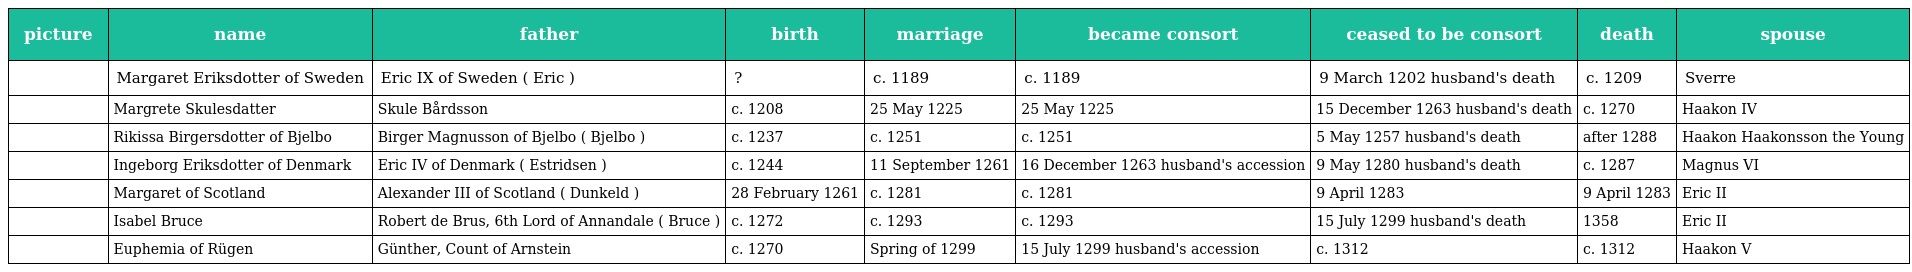
| picture | name | father | birth | marriage | became consort | ceased to be consort | death | spouse |
 | --- | --- | --- | --- | --- | --- | --- | --- | --- |
 |  | Margaret Eriksdotter of Sweden | Eric IX of Sweden ( Eric ) | ? | c. 1189 | c. 1189 | 9 March 1202 husband's death | c. 1209 | Sverre |
 |  | Margrete Skulesdatter | Skule Bårdsson | c. 1208 | 25 May 1225 | 25 May 1225 | 15 December 1263 husband's death | c. 1270 | Haakon IV |
 |  | Rikissa Birgersdotter of Bjelbo | Birger Magnusson of Bjelbo ( Bjelbo ) | c. 1237 | c. 1251 | c. 1251 | 5 May 1257 husband's death | after 1288 | Haakon Haakonsson the Young |
 |  | Ingeborg Eriksdotter of Denmark | Eric IV of Denmark ( Estridsen ) | c. 1244 | 11 September 1261 | 16 December 1263 husband's accession | 9 May 1280 husband's death | c. 1287 | Magnus VI |
 |  | Margaret of Scotland | Alexander III of Scotland ( Dunkeld ) | 28 February 1261 | c. 1281 | c. 1281 | 9 April 1283 | 9 April 1283 | Eric II |
 |  | Isabel Bruce | Robert de Brus, 6th Lord of Annandale ( Bruce ) | c. 1272 | c. 1293 | c. 1293 | 15 July 1299 husband's death | 1358 | Eric II |
 |  | Euphemia of Rügen | Günther, Count of Arnstein | c. 1270 | Spring of 1299 | 15 July 1299 husband's accession | c. 1312 | c. 1312 | Haakon V |